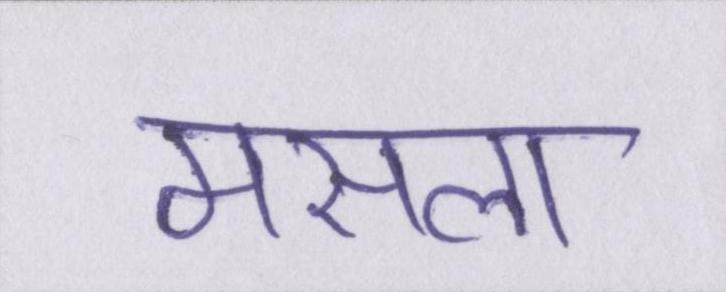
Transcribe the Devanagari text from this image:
मसला